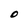
Character: O